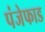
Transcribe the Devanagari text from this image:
पंजेफाड